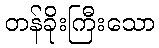
တန်ခိုးကြီးသော